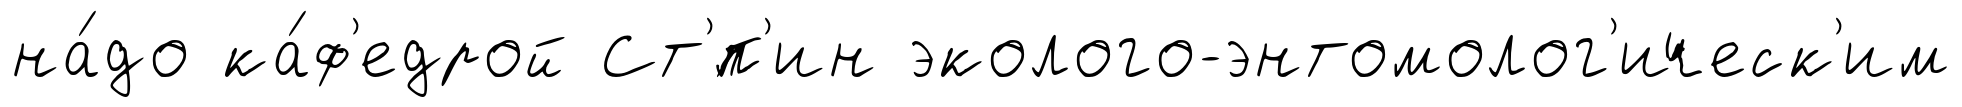
на́до ка́ф'едрой Ст'́п'ин эколого-энтомолог'ическ'им